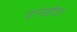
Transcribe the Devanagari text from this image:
पानळीवर